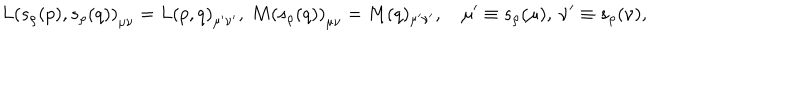
LaTeX: L \left( s _ { \rho } ( p ) , s _ { \rho } ( q ) \right) _ { \mu \nu } = L \left( p , q \right) _ { \mu ^ { \prime } \nu ^ { \prime } } , \ M \left( s _ { \rho } ( q ) \right) _ { \mu \nu } = M ( q ) _ { \mu ^ { \prime } \nu ^ { \prime } } , \quad \mu ^ { \prime } \equiv s _ { \rho } ( \mu ) , \ \nu ^ { \prime } \equiv s _ { \rho } ( \nu ) ,